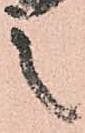
之